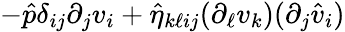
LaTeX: -\hat{p}\delta_{ij}\partial_{j}v_{i}+\hat{\eta}_{k\ell ij}(\partial_{\ell}v_{k})(\partial_{j}\hat{v}_{i})